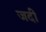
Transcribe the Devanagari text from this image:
जदी